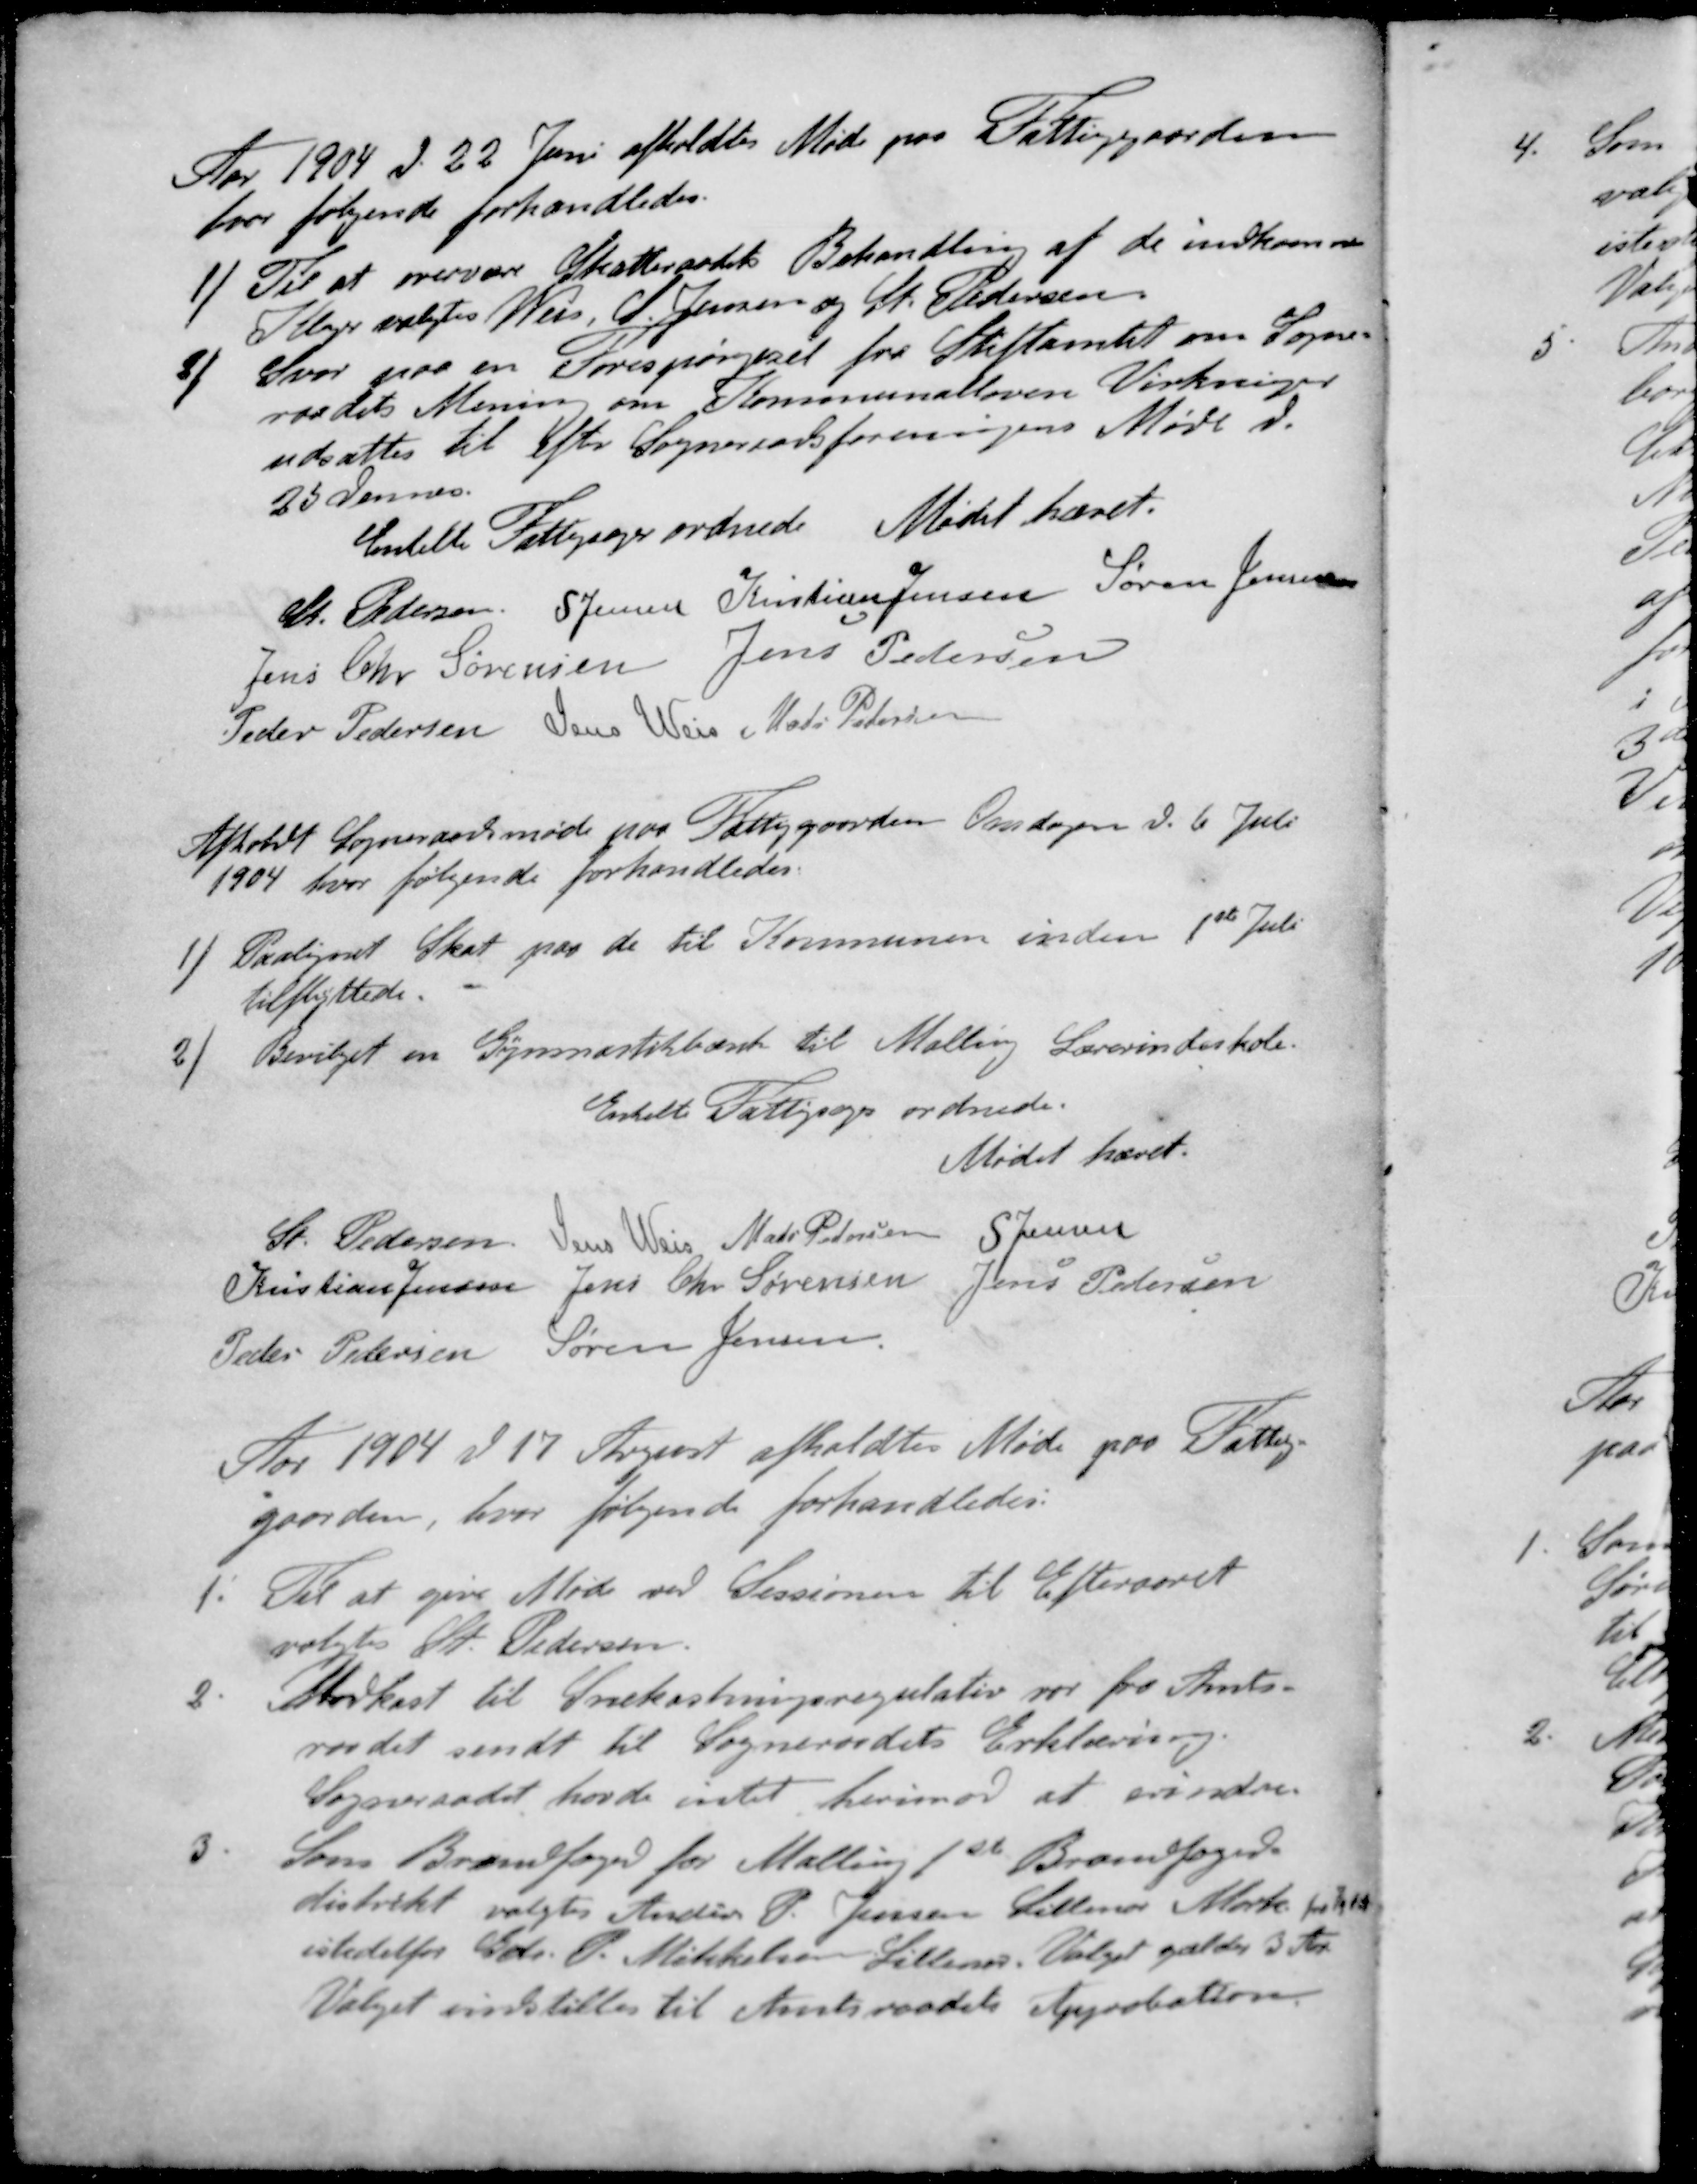
Transskription:
Aar 1904 d. 22 Juni afholdtes Møde paa Fattiggaarden
hvor følgende forhandledes.
1 / Til at overvære Skatteraadets Behandling af de indkomne
Klager valgtes Weis, S Jensen og St Pedersen
2 / Svar paa en Forespørgsel fra Stiftamtet om Sogne-
raadets Mening om Kommunalloven Virkninger
udsattes til Efter Sogneraadsforeningens Møde d.
25 dennes
Enkelte Fattigsager ordnede Mødet hævet.
St Pedersen
S Jensen
Kristian Jensen
Søren Jensen
Jens Chr Sørensen
Jens Pedersen
Peder Pedersen
Jens Weis
Mads Pedersen
Afholdt Sogneraadsmøde paa Fattiggaarden Onsdagen d. 6. Juli
1904, hvor følgende forhandledes.
1 / Paaligeret Skat paa de til Kommunen inden 1ste Juli
tilflyttede.
2 / Bevilget en Gymnastikbænk til Malling Lærerindeskole.
Enkelte Fattigsager ordnede.
Mødet hævet.
St Pedersen
Jens Weis
Mads Petersen
S Jensen
Kristian Jensen
Jens Chr Sørensen
Jens Petersen
Peder Pedersen
Søren Jensen
Aar 1904 d. 17 August afholdtes Møde paa Fattig-
gaarden, hvor følgende forhandledes.
1. Til at give Møde ved Sessionen til Eftergaret
valgtes St. Pedersen
2. Udkast til Snekastningsregulativ var fra Amts-
raadet sendt til Sogneraadets Erklæring.
Sogneraadet havde intet herimod at erindre
3 Som Brandfoged for Malling 1st Brandfoged-
distrikt valgtes Ander P. Jensen Lillenor Mark fr1/9 04
istedetfor Gdr. P. Mikkelsen Lillenor. Valget gælder 3 Aar.
Valget instilles til Amtsraadets Approbation.